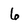
Character: 6